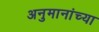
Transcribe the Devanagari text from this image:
अनुमानांच्या